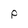
Character: p